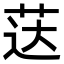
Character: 荙